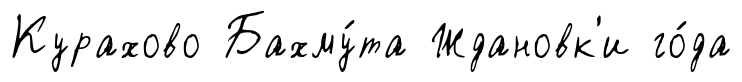
Курахово Бахму́та Ждановк'и го́да